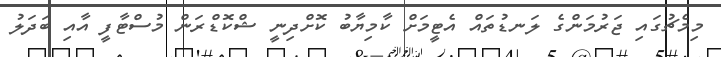
މިމެޗުގައި ޖަރުމަންގެ ލަނޑުތައް އެޓީމަށް ކާމިޔާބު ކޮށްދިނީ ޝްކޮޑްރަން މުސްޓާފީ އާއި ބަދަލު